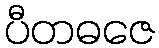
ပီတဓဇေ